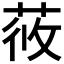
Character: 𦱿